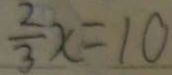
\frac { 2 } { 3 } x = 1 0